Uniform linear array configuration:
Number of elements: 64
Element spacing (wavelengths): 0.25
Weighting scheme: hamming
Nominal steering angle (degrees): -30
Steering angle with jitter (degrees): -29.35
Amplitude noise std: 0.05
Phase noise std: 0.05

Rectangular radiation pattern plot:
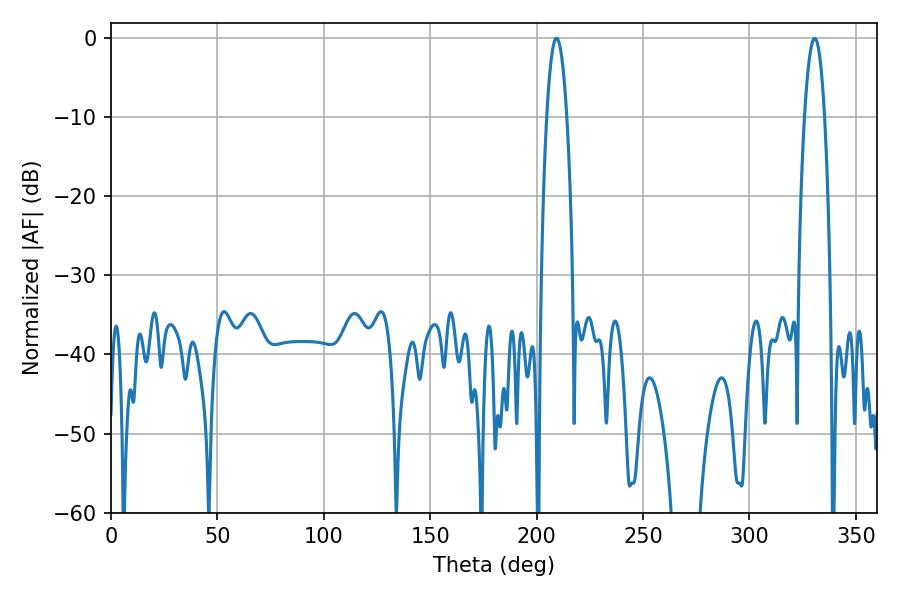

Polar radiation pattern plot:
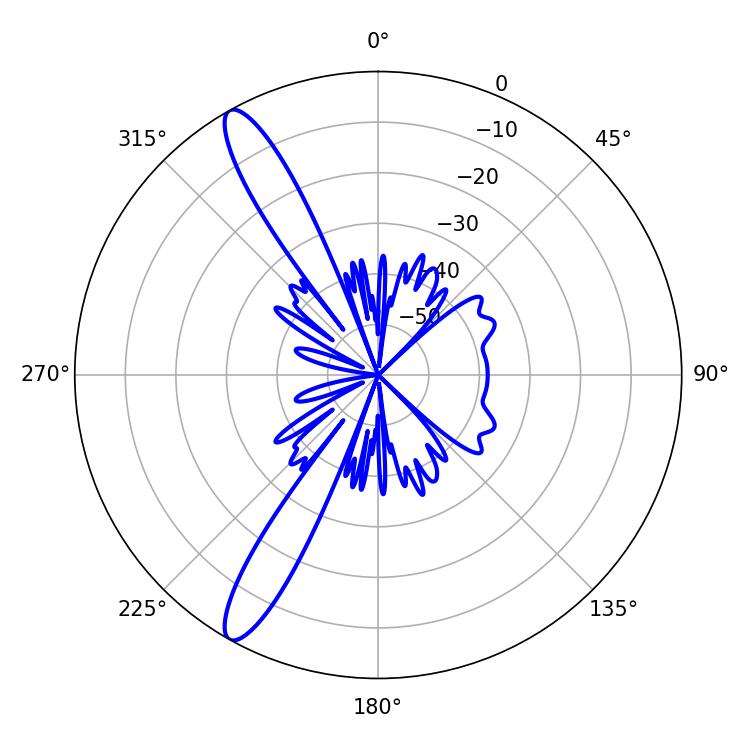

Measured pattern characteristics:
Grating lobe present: FALSE
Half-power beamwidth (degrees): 5.22
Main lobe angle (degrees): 209.34